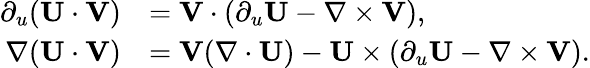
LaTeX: \begin{array}{rl}{\partial_{u}(\mathbf{U}\cdot\mathbf{V})}&{=\mathbf{V}\cdot\left(\partial_{u}\mathbf{U}-\nabla\times\mathbf{V}\right),}\\ {\nabla(\mathbf{U}\cdot\mathbf{V})}&{=\mathbf{V}(\nabla\cdot\mathbf{U})-\mathbf{U}\times\left(\partial_{u}\mathbf{U}-\nabla\times\mathbf{V}\right).}\end{array}